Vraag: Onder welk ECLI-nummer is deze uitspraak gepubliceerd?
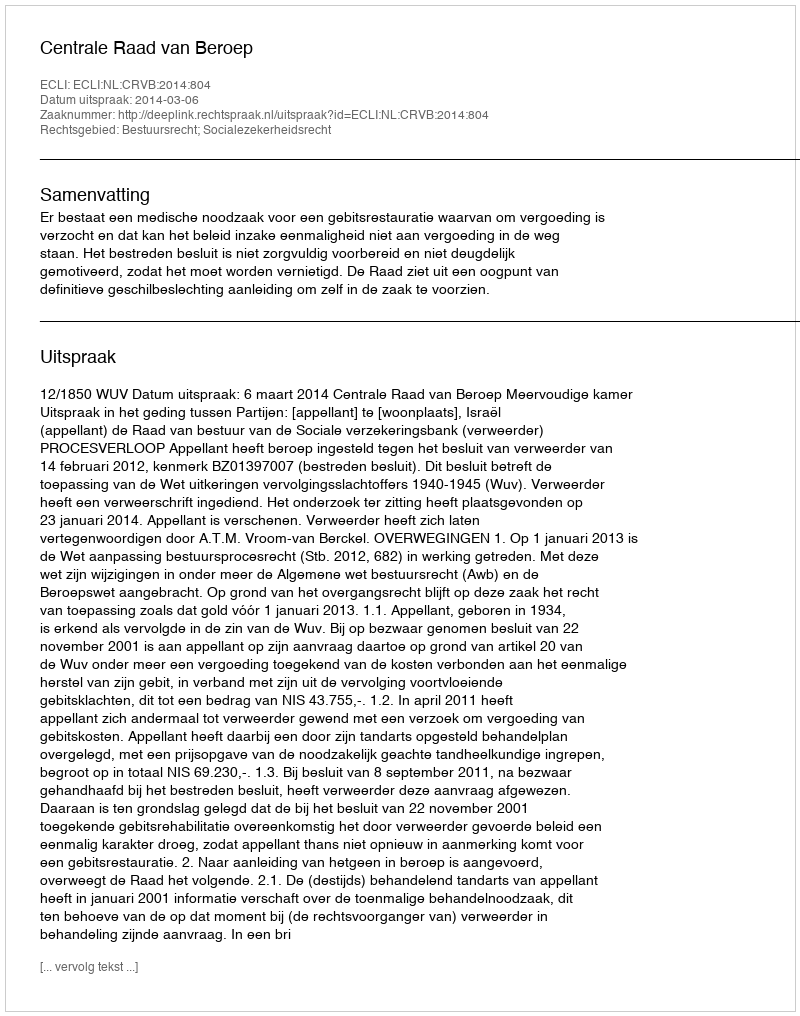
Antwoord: ECLI:NL:CRVB:2014:804